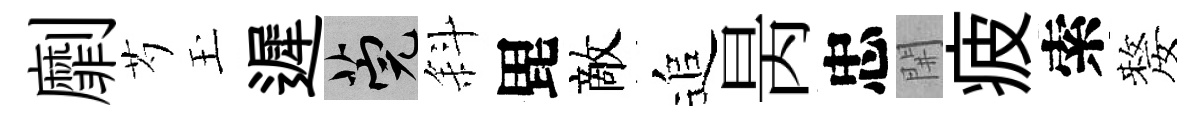
劘芍玉遲筦斜毘敵追昺忠𨳩疲索嫠